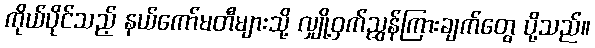
ကိုယ်ပိုင်သည့် နယ်ကော်မတီများသို့ လျှို့ဝှက်ညွှန်ကြားချက်တွေ ပို့သည်။